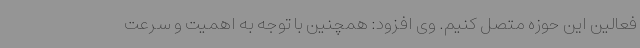
فعالین این حوزه متصل کنیم. وی افزود: همچنین با توجه به اهمیت و سرعت